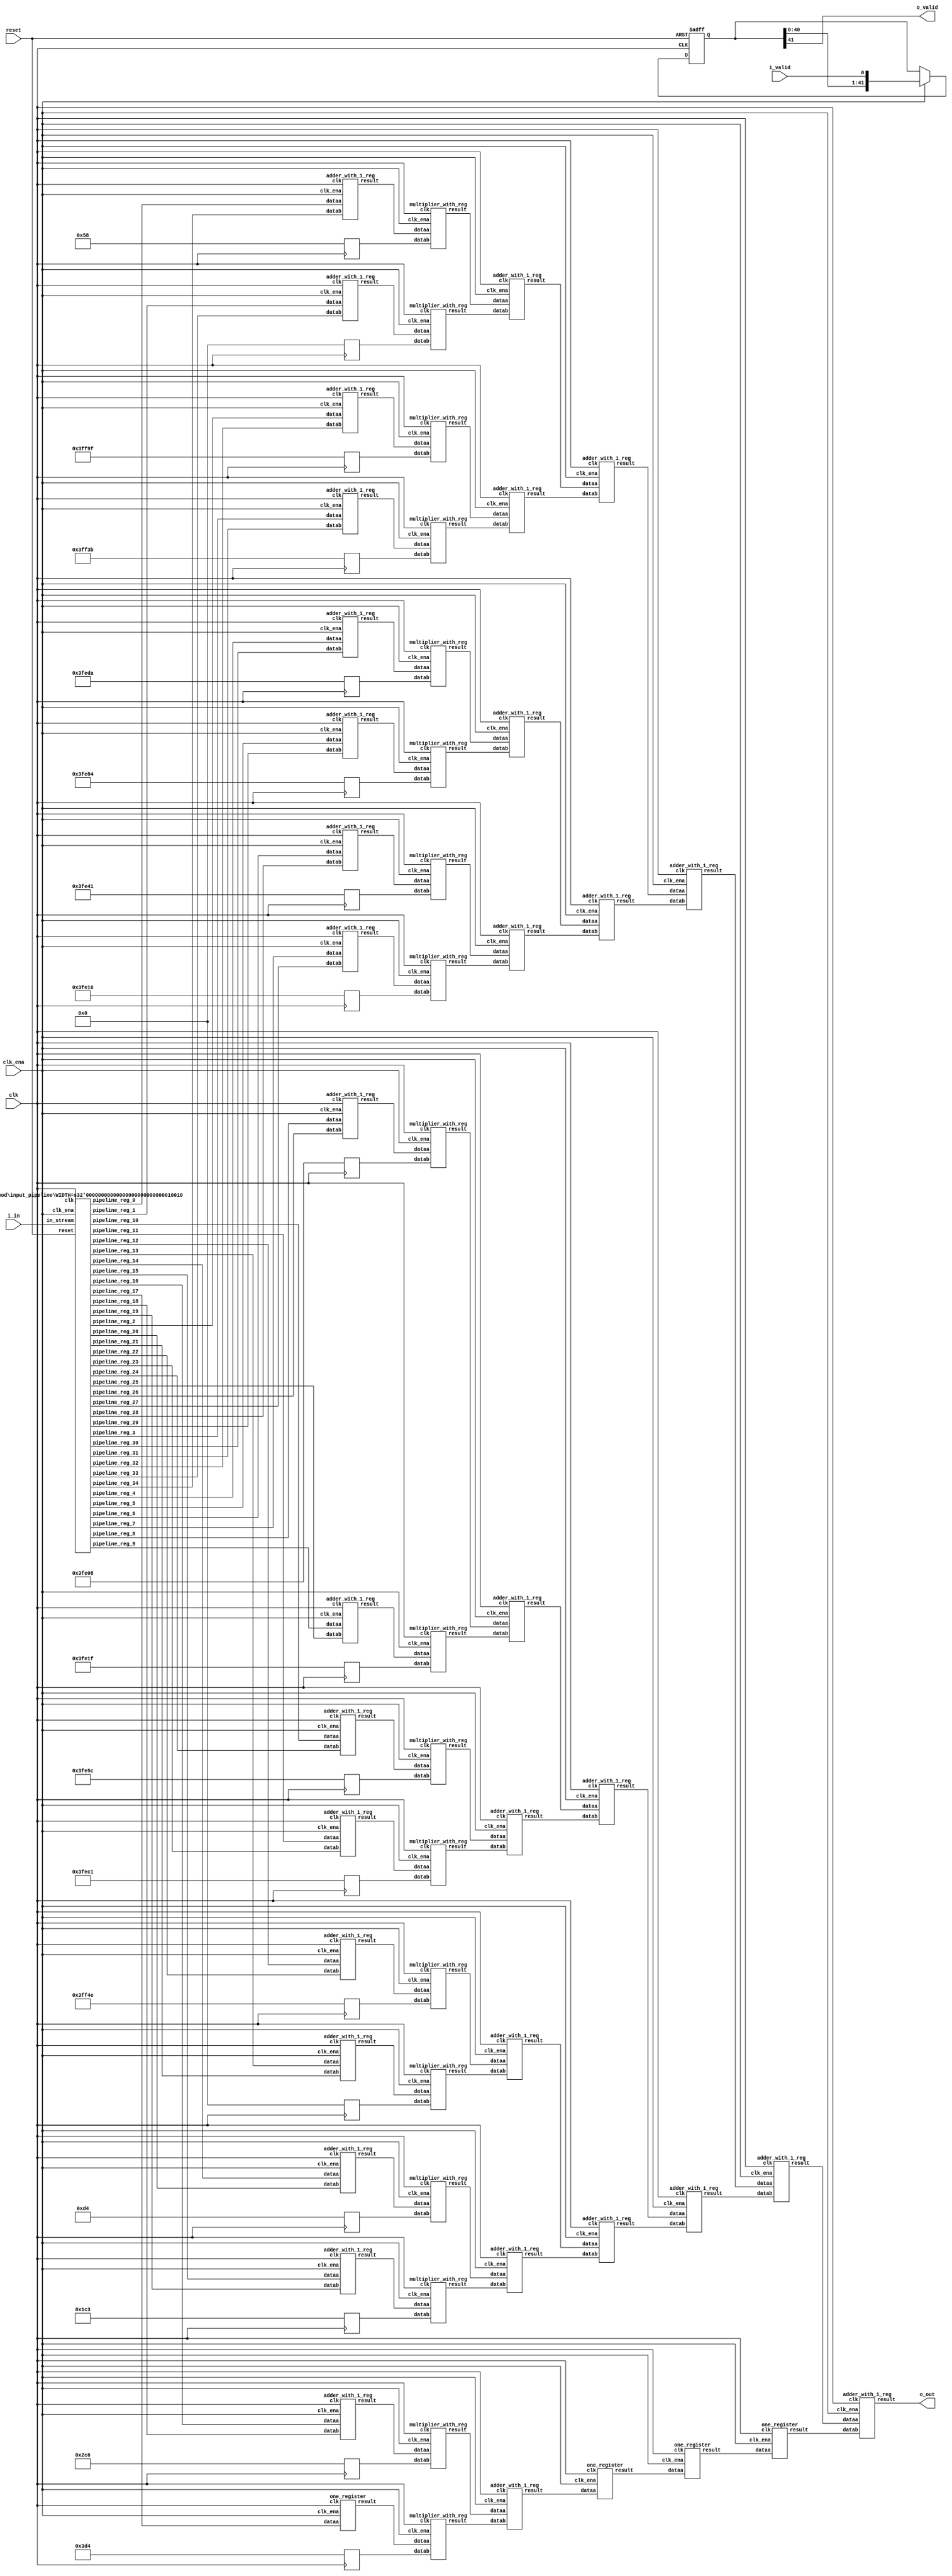
// CONFIG:
// NUM_COEFF = 35
// PIPLINED = 1

// WARNING: more than enough COEFFICIENTS in array (there are 26, and we only need 18)
module fir (
	clk,
	reset,
	clk_ena,
	i_valid,
	i_in,
	o_valid,
	o_out
);
	// Data Width
	parameter dw = 18; //Data input/output bits

	// Number of filter coefficients
	parameter N = 35;
	parameter N_UNIQ = 18; // ciel(N/2) assuming symmetric filter coefficients

	//Number of extra valid cycles needed to align output (i.e. computation pipeline depth + input/output registers
	localparam N_VALID_REGS = 42;

	input clk;
	input reset;
	input clk_ena;
	input i_valid;
	input [dw-1:0] i_in; // signed
	output o_valid;
	output [dw-1:0] o_out; // signed

	// Data Width dervied parameters
	localparam dw_add_int = 18; //Internal adder precision bits
	localparam dw_mult_int = 36; //Internal multiplier precision bits
	localparam scale_factor = 17; //Multiplier normalization shift amount

	// Number of extra registers in INPUT_PIPELINE_REG to prevent contention for CHAIN_END's chain adders
	localparam N_INPUT_REGS = 35;

	// Debug
	// initial begin
	// 	$display ("Data Width: %d", dw);
	// 	$display ("Data Width Add Internal: %d", dw_add_int);
	// 	$display ("Data Width Mult Internal: %d", dw_mult_int);
	// 	$display ("Scale Factor: %d", scale_factor);
	// end

	reg [dw-1:0] COEFFICIENT_0;
	reg [dw-1:0] COEFFICIENT_1;
	reg [dw-1:0] COEFFICIENT_2;
	reg [dw-1:0] COEFFICIENT_3;
	reg [dw-1:0] COEFFICIENT_4;
	reg [dw-1:0] COEFFICIENT_5;
	reg [dw-1:0] COEFFICIENT_6;
	reg [dw-1:0] COEFFICIENT_7;
	reg [dw-1:0] COEFFICIENT_8;
	reg [dw-1:0] COEFFICIENT_9;
	reg [dw-1:0] COEFFICIENT_10;
	reg [dw-1:0] COEFFICIENT_11;
	reg [dw-1:0] COEFFICIENT_12;
	reg [dw-1:0] COEFFICIENT_13;
	reg [dw-1:0] COEFFICIENT_14;
	reg [dw-1:0] COEFFICIENT_15;
	reg [dw-1:0] COEFFICIENT_16;
	reg [dw-1:0] COEFFICIENT_17;

	always@(posedge clk) begin
		COEFFICIENT_0 <= 18'd88;
		COEFFICIENT_1 <= 18'd0;
		COEFFICIENT_2 <= -18'd97;
		COEFFICIENT_3 <= -18'd197;
		COEFFICIENT_4 <= -18'd294;
		COEFFICIENT_5 <= -18'd380;
		COEFFICIENT_6 <= -18'd447;
		COEFFICIENT_7 <= -18'd490;
		COEFFICIENT_8 <= -18'd504;
		COEFFICIENT_9 <= -18'd481;
		COEFFICIENT_10 <= -18'd420;
		COEFFICIENT_11 <= -18'd319;
		COEFFICIENT_12 <= -18'd178;
		COEFFICIENT_13 <= 18'd0;
		COEFFICIENT_14 <= 18'd212;
		COEFFICIENT_15 <= 18'd451;
		COEFFICIENT_16 <= 18'd710;
		COEFFICIENT_17 <= 18'd980;
	end

	////******************************************************
	// *
	// * Valid Delay Pipeline
	// *
	// *****************************************************
	//Input valid signal is pipelined to become output valid signal

	//Valid registers
	reg [N_VALID_REGS-1:0] VALID_PIPELINE_REGS;

	always@(posedge clk or posedge reset) begin
		if(reset) begin
			VALID_PIPELINE_REGS <= 0;
		end else begin
			if(clk_ena) begin
				VALID_PIPELINE_REGS <= {VALID_PIPELINE_REGS[N_VALID_REGS-2:0], i_valid};
			end else begin
				VALID_PIPELINE_REGS <= VALID_PIPELINE_REGS;
			end
		end
	end

	////******************************************************
	// *
	// * Input Register Pipeline
	// *
	// *****************************************************
	//Pipelined input values

	//Input value registers

	wire [dw-1:0] INPUT_PIPELINE_REG_0;
	wire [dw-1:0] INPUT_PIPELINE_REG_1;
	wire [dw-1:0] INPUT_PIPELINE_REG_2;
	wire [dw-1:0] INPUT_PIPELINE_REG_3;
	wire [dw-1:0] INPUT_PIPELINE_REG_4;
	wire [dw-1:0] INPUT_PIPELINE_REG_5;
	wire [dw-1:0] INPUT_PIPELINE_REG_6;
	wire [dw-1:0] INPUT_PIPELINE_REG_7;
	wire [dw-1:0] INPUT_PIPELINE_REG_8;
	wire [dw-1:0] INPUT_PIPELINE_REG_9;
	wire [dw-1:0] INPUT_PIPELINE_REG_10;
	wire [dw-1:0] INPUT_PIPELINE_REG_11;
	wire [dw-1:0] INPUT_PIPELINE_REG_12;
	wire [dw-1:0] INPUT_PIPELINE_REG_13;
	wire [dw-1:0] INPUT_PIPELINE_REG_14;
	wire [dw-1:0] INPUT_PIPELINE_REG_15;
	wire [dw-1:0] INPUT_PIPELINE_REG_16;
	wire [dw-1:0] INPUT_PIPELINE_REG_17;
	wire [dw-1:0] INPUT_PIPELINE_REG_18;
	wire [dw-1:0] INPUT_PIPELINE_REG_19;
	wire [dw-1:0] INPUT_PIPELINE_REG_20;
	wire [dw-1:0] INPUT_PIPELINE_REG_21;
	wire [dw-1:0] INPUT_PIPELINE_REG_22;
	wire [dw-1:0] INPUT_PIPELINE_REG_23;
	wire [dw-1:0] INPUT_PIPELINE_REG_24;
	wire [dw-1:0] INPUT_PIPELINE_REG_25;
	wire [dw-1:0] INPUT_PIPELINE_REG_26;
	wire [dw-1:0] INPUT_PIPELINE_REG_27;
	wire [dw-1:0] INPUT_PIPELINE_REG_28;
	wire [dw-1:0] INPUT_PIPELINE_REG_29;
	wire [dw-1:0] INPUT_PIPELINE_REG_30;
	wire [dw-1:0] INPUT_PIPELINE_REG_31;
	wire [dw-1:0] INPUT_PIPELINE_REG_32;
	wire [dw-1:0] INPUT_PIPELINE_REG_33;
	wire [dw-1:0] INPUT_PIPELINE_REG_34;

	input_pipeline in_pipe(
		.clk(clk), .clk_ena(clk_ena),
		.in_stream(i_in),
		.pipeline_reg_0(INPUT_PIPELINE_REG_0),
		.pipeline_reg_1(INPUT_PIPELINE_REG_1),
		.pipeline_reg_2(INPUT_PIPELINE_REG_2),
		.pipeline_reg_3(INPUT_PIPELINE_REG_3),
		.pipeline_reg_4(INPUT_PIPELINE_REG_4),
		.pipeline_reg_5(INPUT_PIPELINE_REG_5),
		.pipeline_reg_6(INPUT_PIPELINE_REG_6),
		.pipeline_reg_7(INPUT_PIPELINE_REG_7),
		.pipeline_reg_8(INPUT_PIPELINE_REG_8),
		.pipeline_reg_9(INPUT_PIPELINE_REG_9),
		.pipeline_reg_10(INPUT_PIPELINE_REG_10),
		.pipeline_reg_11(INPUT_PIPELINE_REG_11),
		.pipeline_reg_12(INPUT_PIPELINE_REG_12),
		.pipeline_reg_13(INPUT_PIPELINE_REG_13),
		.pipeline_reg_14(INPUT_PIPELINE_REG_14),
		.pipeline_reg_15(INPUT_PIPELINE_REG_15),
		.pipeline_reg_16(INPUT_PIPELINE_REG_16),
		.pipeline_reg_17(INPUT_PIPELINE_REG_17),
		.pipeline_reg_18(INPUT_PIPELINE_REG_18),
		.pipeline_reg_19(INPUT_PIPELINE_REG_19),
		.pipeline_reg_20(INPUT_PIPELINE_REG_20),
		.pipeline_reg_21(INPUT_PIPELINE_REG_21),
		.pipeline_reg_22(INPUT_PIPELINE_REG_22),
		.pipeline_reg_23(INPUT_PIPELINE_REG_23),
		.pipeline_reg_24(INPUT_PIPELINE_REG_24),
		.pipeline_reg_25(INPUT_PIPELINE_REG_25),
		.pipeline_reg_26(INPUT_PIPELINE_REG_26),
		.pipeline_reg_27(INPUT_PIPELINE_REG_27),
		.pipeline_reg_28(INPUT_PIPELINE_REG_28),
		.pipeline_reg_29(INPUT_PIPELINE_REG_29),
		.pipeline_reg_30(INPUT_PIPELINE_REG_30),
		.pipeline_reg_31(INPUT_PIPELINE_REG_31),
		.pipeline_reg_32(INPUT_PIPELINE_REG_32),
		.pipeline_reg_33(INPUT_PIPELINE_REG_33),
		.pipeline_reg_34(INPUT_PIPELINE_REG_34),
		.reset(reset)	);
	defparam in_pipe.WIDTH = 18; // = dw
	////******************************************************
	// *
	// * Computation Pipeline
	// *
	// *****************************************************

	// ************************* LEVEL 0 *************************   
	wire [dw-1:0] L0_output_wires_0;
	wire [dw-1:0] L0_output_wires_1;
	wire [dw-1:0] L0_output_wires_2;
	wire [dw-1:0] L0_output_wires_3;
	wire [dw-1:0] L0_output_wires_4;
	wire [dw-1:0] L0_output_wires_5;
	wire [dw-1:0] L0_output_wires_6;
	wire [dw-1:0] L0_output_wires_7;
	wire [dw-1:0] L0_output_wires_8;
	wire [dw-1:0] L0_output_wires_9;
	wire [dw-1:0] L0_output_wires_10;
	wire [dw-1:0] L0_output_wires_11;
	wire [dw-1:0] L0_output_wires_12;
	wire [dw-1:0] L0_output_wires_13;
	wire [dw-1:0] L0_output_wires_14;
	wire [dw-1:0] L0_output_wires_15;
	wire [dw-1:0] L0_output_wires_16;
	wire [dw-1:0] L0_output_wires_17;

	adder_with_1_reg L0_adder_0and34(
		.clk(clk), .clk_ena(clk_ena),
		.dataa (INPUT_PIPELINE_REG_0),
		.datab (INPUT_PIPELINE_REG_34),
		.result(L0_output_wires_0)
	);

	adder_with_1_reg L0_adder_1and33(
		.clk(clk), .clk_ena(clk_ena),
		.dataa (INPUT_PIPELINE_REG_1),
		.datab (INPUT_PIPELINE_REG_33),
		.result(L0_output_wires_1)
	);

	adder_with_1_reg L0_adder_2and32(
		.clk(clk), .clk_ena(clk_ena),
		.dataa (INPUT_PIPELINE_REG_2),
		.datab (INPUT_PIPELINE_REG_32),
		.result(L0_output_wires_2)
	);

	adder_with_1_reg L0_adder_3and31(
		.clk(clk), .clk_ena(clk_ena),
		.dataa (INPUT_PIPELINE_REG_3),
		.datab (INPUT_PIPELINE_REG_31),
		.result(L0_output_wires_3)
	);

	adder_with_1_reg L0_adder_4and30(
		.clk(clk), .clk_ena(clk_ena),
		.dataa (INPUT_PIPELINE_REG_4),
		.datab (INPUT_PIPELINE_REG_30),
		.result(L0_output_wires_4)
	);

	adder_with_1_reg L0_adder_5and29(
		.clk(clk), .clk_ena(clk_ena),
		.dataa (INPUT_PIPELINE_REG_5),
		.datab (INPUT_PIPELINE_REG_29),
		.result(L0_output_wires_5)
	);

	adder_with_1_reg L0_adder_6and28(
		.clk(clk), .clk_ena(clk_ena),
		.dataa (INPUT_PIPELINE_REG_6),
		.datab (INPUT_PIPELINE_REG_28),
		.result(L0_output_wires_6)
	);

	adder_with_1_reg L0_adder_7and27(
		.clk(clk), .clk_ena(clk_ena),
		.dataa (INPUT_PIPELINE_REG_7),
		.datab (INPUT_PIPELINE_REG_27),
		.result(L0_output_wires_7)
	);

	adder_with_1_reg L0_adder_8and26(
		.clk(clk), .clk_ena(clk_ena),
		.dataa (INPUT_PIPELINE_REG_8),
		.datab (INPUT_PIPELINE_REG_26),
		.result(L0_output_wires_8)
	);

	adder_with_1_reg L0_adder_9and25(
		.clk(clk), .clk_ena(clk_ena),
		.dataa (INPUT_PIPELINE_REG_9),
		.datab (INPUT_PIPELINE_REG_25),
		.result(L0_output_wires_9)
	);

	adder_with_1_reg L0_adder_10and24(
		.clk(clk), .clk_ena(clk_ena),
		.dataa (INPUT_PIPELINE_REG_10),
		.datab (INPUT_PIPELINE_REG_24),
		.result(L0_output_wires_10)
	);

	adder_with_1_reg L0_adder_11and23(
		.clk(clk), .clk_ena(clk_ena),
		.dataa (INPUT_PIPELINE_REG_11),
		.datab (INPUT_PIPELINE_REG_23),
		.result(L0_output_wires_11)
	);

	adder_with_1_reg L0_adder_12and22(
		.clk(clk), .clk_ena(clk_ena),
		.dataa (INPUT_PIPELINE_REG_12),
		.datab (INPUT_PIPELINE_REG_22),
		.result(L0_output_wires_12)
	);

	adder_with_1_reg L0_adder_13and21(
		.clk(clk), .clk_ena(clk_ena),
		.dataa (INPUT_PIPELINE_REG_13),
		.datab (INPUT_PIPELINE_REG_21),
		.result(L0_output_wires_13)
	);

	adder_with_1_reg L0_adder_14and20(
		.clk(clk), .clk_ena(clk_ena),
		.dataa (INPUT_PIPELINE_REG_14),
		.datab (INPUT_PIPELINE_REG_20),
		.result(L0_output_wires_14)
	);

	adder_with_1_reg L0_adder_15and19(
		.clk(clk), .clk_ena(clk_ena),
		.dataa (INPUT_PIPELINE_REG_15),
		.datab (INPUT_PIPELINE_REG_19),
		.result(L0_output_wires_15)
	);

	adder_with_1_reg L0_adder_16and18(
		.clk(clk), .clk_ena(clk_ena),
		.dataa (INPUT_PIPELINE_REG_16),
		.datab (INPUT_PIPELINE_REG_18),
		.result(L0_output_wires_16)
	);

	// (17 main tree Adders)

	// ********* Byes ********   
	one_register L0_byereg_for_17(
		.clk(clk), .clk_ena(clk_ena),
		.dataa (INPUT_PIPELINE_REG_17),
		.result(L0_output_wires_17)
	);

	// (1 byes)

	// ************************* LEVEL 1 *************************   
	// **************** Multipliers ****************   
	wire [dw-1:0] L1_mult_wires_0;
	wire [dw-1:0] L1_mult_wires_1;
	wire [dw-1:0] L1_mult_wires_2;
	wire [dw-1:0] L1_mult_wires_3;
	wire [dw-1:0] L1_mult_wires_4;
	wire [dw-1:0] L1_mult_wires_5;
	wire [dw-1:0] L1_mult_wires_6;
	wire [dw-1:0] L1_mult_wires_7;
	wire [dw-1:0] L1_mult_wires_8;
	wire [dw-1:0] L1_mult_wires_9;
	wire [dw-1:0] L1_mult_wires_10;
	wire [dw-1:0] L1_mult_wires_11;
	wire [dw-1:0] L1_mult_wires_12;
	wire [dw-1:0] L1_mult_wires_13;
	wire [dw-1:0] L1_mult_wires_14;
	wire [dw-1:0] L1_mult_wires_15;
	wire [dw-1:0] L1_mult_wires_16;
	wire [dw-1:0] L1_mult_wires_17;

	multiplier_with_reg L1_mul_0(
		.clk(clk), .clk_ena(clk_ena),
		.dataa (L0_output_wires_0),
		.datab (COEFFICIENT_0),
		.result(L1_mult_wires_0)
	);

	multiplier_with_reg L1_mul_1(
		.clk(clk), .clk_ena(clk_ena),
		.dataa (L0_output_wires_1),
		.datab (COEFFICIENT_1),
		.result(L1_mult_wires_1)
	);

	multiplier_with_reg L1_mul_2(
		.clk(clk), .clk_ena(clk_ena),
		.dataa (L0_output_wires_2),
		.datab (COEFFICIENT_2),
		.result(L1_mult_wires_2)
	);

	multiplier_with_reg L1_mul_3(
		.clk(clk), .clk_ena(clk_ena),
		.dataa (L0_output_wires_3),
		.datab (COEFFICIENT_3),
		.result(L1_mult_wires_3)
	);

	multiplier_with_reg L1_mul_4(
		.clk(clk), .clk_ena(clk_ena),
		.dataa (L0_output_wires_4),
		.datab (COEFFICIENT_4),
		.result(L1_mult_wires_4)
	);

	multiplier_with_reg L1_mul_5(
		.clk(clk), .clk_ena(clk_ena),
		.dataa (L0_output_wires_5),
		.datab (COEFFICIENT_5),
		.result(L1_mult_wires_5)
	);

	multiplier_with_reg L1_mul_6(
		.clk(clk), .clk_ena(clk_ena),
		.dataa (L0_output_wires_6),
		.datab (COEFFICIENT_6),
		.result(L1_mult_wires_6)
	);

	multiplier_with_reg L1_mul_7(
		.clk(clk), .clk_ena(clk_ena),
		.dataa (L0_output_wires_7),
		.datab (COEFFICIENT_7),
		.result(L1_mult_wires_7)
	);

	multiplier_with_reg L1_mul_8(
		.clk(clk), .clk_ena(clk_ena),
		.dataa (L0_output_wires_8),
		.datab (COEFFICIENT_8),
		.result(L1_mult_wires_8)
	);

	multiplier_with_reg L1_mul_9(
		.clk(clk), .clk_ena(clk_ena),
		.dataa (L0_output_wires_9),
		.datab (COEFFICIENT_9),
		.result(L1_mult_wires_9)
	);

	multiplier_with_reg L1_mul_10(
		.clk(clk), .clk_ena(clk_ena),
		.dataa (L0_output_wires_10),
		.datab (COEFFICIENT_10),
		.result(L1_mult_wires_10)
	);

	multiplier_with_reg L1_mul_11(
		.clk(clk), .clk_ena(clk_ena),
		.dataa (L0_output_wires_11),
		.datab (COEFFICIENT_11),
		.result(L1_mult_wires_11)
	);

	multiplier_with_reg L1_mul_12(
		.clk(clk), .clk_ena(clk_ena),
		.dataa (L0_output_wires_12),
		.datab (COEFFICIENT_12),
		.result(L1_mult_wires_12)
	);

	multiplier_with_reg L1_mul_13(
		.clk(clk), .clk_ena(clk_ena),
		.dataa (L0_output_wires_13),
		.datab (COEFFICIENT_13),
		.result(L1_mult_wires_13)
	);

	multiplier_with_reg L1_mul_14(
		.clk(clk), .clk_ena(clk_ena),
		.dataa (L0_output_wires_14),
		.datab (COEFFICIENT_14),
		.result(L1_mult_wires_14)
	);

	multiplier_with_reg L1_mul_15(
		.clk(clk), .clk_ena(clk_ena),
		.dataa (L0_output_wires_15),
		.datab (COEFFICIENT_15),
		.result(L1_mult_wires_15)
	);

	multiplier_with_reg L1_mul_16(
		.clk(clk), .clk_ena(clk_ena),
		.dataa (L0_output_wires_16),
		.datab (COEFFICIENT_16),
		.result(L1_mult_wires_16)
	);

	multiplier_with_reg L1_mul_17(
		.clk(clk), .clk_ena(clk_ena),
		.dataa (L0_output_wires_17),
		.datab (COEFFICIENT_17),
		.result(L1_mult_wires_17)
	);

	// (18 Multipliers)

	// **************** Adders ****************   
	wire [dw-1:0] L1_output_wires_0;
	wire [dw-1:0] L1_output_wires_1;
	wire [dw-1:0] L1_output_wires_2;
	wire [dw-1:0] L1_output_wires_3;
	wire [dw-1:0] L1_output_wires_4;
	wire [dw-1:0] L1_output_wires_5;
	wire [dw-1:0] L1_output_wires_6;
	wire [dw-1:0] L1_output_wires_7;
	wire [dw-1:0] L1_output_wires_8;

	adder_with_1_reg L1_adder_0and1(
		.clk(clk), .clk_ena(clk_ena),
		.dataa (L1_mult_wires_0),
		.datab (L1_mult_wires_1),
		.result(L1_output_wires_0)
	);

	adder_with_1_reg L1_adder_2and3(
		.clk(clk), .clk_ena(clk_ena),
		.dataa (L1_mult_wires_2),
		.datab (L1_mult_wires_3),
		.result(L1_output_wires_1)
	);

	adder_with_1_reg L1_adder_4and5(
		.clk(clk), .clk_ena(clk_ena),
		.dataa (L1_mult_wires_4),
		.datab (L1_mult_wires_5),
		.result(L1_output_wires_2)
	);

	adder_with_1_reg L1_adder_6and7(
		.clk(clk), .clk_ena(clk_ena),
		.dataa (L1_mult_wires_6),
		.datab (L1_mult_wires_7),
		.result(L1_output_wires_3)
	);

	adder_with_1_reg L1_adder_8and9(
		.clk(clk), .clk_ena(clk_ena),
		.dataa (L1_mult_wires_8),
		.datab (L1_mult_wires_9),
		.result(L1_output_wires_4)
	);

	adder_with_1_reg L1_adder_10and11(
		.clk(clk), .clk_ena(clk_ena),
		.dataa (L1_mult_wires_10),
		.datab (L1_mult_wires_11),
		.result(L1_output_wires_5)
	);

	adder_with_1_reg L1_adder_12and13(
		.clk(clk), .clk_ena(clk_ena),
		.dataa (L1_mult_wires_12),
		.datab (L1_mult_wires_13),
		.result(L1_output_wires_6)
	);

	adder_with_1_reg L1_adder_14and15(
		.clk(clk), .clk_ena(clk_ena),
		.dataa (L1_mult_wires_14),
		.datab (L1_mult_wires_15),
		.result(L1_output_wires_7)
	);

	adder_with_1_reg L1_adder_16and17(
		.clk(clk), .clk_ena(clk_ena),
		.dataa (L1_mult_wires_16),
		.datab (L1_mult_wires_17),
		.result(L1_output_wires_8)
	);

	// (9 main tree Adders)

	// ************************* LEVEL 2 *************************   
	wire [dw-1:0] L2_output_wires_0;
	wire [dw-1:0] L2_output_wires_1;
	wire [dw-1:0] L2_output_wires_2;
	wire [dw-1:0] L2_output_wires_3;
	wire [dw-1:0] L2_output_wires_4;

	adder_with_1_reg L2_adder_0and1(
		.clk(clk), .clk_ena(clk_ena),
		.dataa (L1_output_wires_0),
		.datab (L1_output_wires_1),
		.result(L2_output_wires_0)
	);

	adder_with_1_reg L2_adder_2and3(
		.clk(clk), .clk_ena(clk_ena),
		.dataa (L1_output_wires_2),
		.datab (L1_output_wires_3),
		.result(L2_output_wires_1)
	);

	adder_with_1_reg L2_adder_4and5(
		.clk(clk), .clk_ena(clk_ena),
		.dataa (L1_output_wires_4),
		.datab (L1_output_wires_5),
		.result(L2_output_wires_2)
	);

	adder_with_1_reg L2_adder_6and7(
		.clk(clk), .clk_ena(clk_ena),
		.dataa (L1_output_wires_6),
		.datab (L1_output_wires_7),
		.result(L2_output_wires_3)
	);

	// (4 main tree Adders)

	// ********* Byes ********   
	one_register L2_byereg_for_8(
		.clk(clk), .clk_ena(clk_ena),
		.dataa (L1_output_wires_8),
		.result(L2_output_wires_4)
	);

	// (1 byes)

	// ************************* LEVEL 3 *************************   
	wire [dw-1:0] L3_output_wires_0;
	wire [dw-1:0] L3_output_wires_1;
	wire [dw-1:0] L3_output_wires_2;

	adder_with_1_reg L3_adder_0and1(
		.clk(clk), .clk_ena(clk_ena),
		.dataa (L2_output_wires_0),
		.datab (L2_output_wires_1),
		.result(L3_output_wires_0)
	);

	adder_with_1_reg L3_adder_2and3(
		.clk(clk), .clk_ena(clk_ena),
		.dataa (L2_output_wires_2),
		.datab (L2_output_wires_3),
		.result(L3_output_wires_1)
	);

	// (2 main tree Adders)

	// ********* Byes ********   
	one_register L3_byereg_for_4(
		.clk(clk), .clk_ena(clk_ena),
		.dataa (L2_output_wires_4),
		.result(L3_output_wires_2)
	);

	// (1 byes)

	// ************************* LEVEL 4 *************************   
	wire [dw-1:0] L4_output_wires_0;
	wire [dw-1:0] L4_output_wires_1;

	adder_with_1_reg L4_adder_0and1(
		.clk(clk), .clk_ena(clk_ena),
		.dataa (L3_output_wires_0),
		.datab (L3_output_wires_1),
		.result(L4_output_wires_0)
	);

	// (1 main tree Adders)

	// ********* Byes ********   
	one_register L4_byereg_for_2(
		.clk(clk), .clk_ena(clk_ena),
		.dataa (L3_output_wires_2),
		.result(L4_output_wires_1)
	);

	// (1 byes)

	// ************************* LEVEL 5 *************************   
	wire [dw-1:0] L5_output_wires_0;

	adder_with_1_reg L5_adder_0and1(
		.clk(clk), .clk_ena(clk_ena),
		.dataa (L4_output_wires_0),
		.datab (L4_output_wires_1),
		.result(L5_output_wires_0)
	);

	// (1 main tree Adders)

	////******************************************************
	// *
	// * Output Logic
	// *
	// *****************************************************
	//Actual outputs
	assign o_out = L5_output_wires_0;

	assign o_valid = VALID_PIPELINE_REGS[N_VALID_REGS-1];

endmodule


module input_pipeline (
	clk,
	clk_ena,
	in_stream,
	pipeline_reg_0,
	pipeline_reg_1,
	pipeline_reg_2,
	pipeline_reg_3,
	pipeline_reg_4,
	pipeline_reg_5,
	pipeline_reg_6,
	pipeline_reg_7,
	pipeline_reg_8,
	pipeline_reg_9,
	pipeline_reg_10,
	pipeline_reg_11,
	pipeline_reg_12,
	pipeline_reg_13,
	pipeline_reg_14,
	pipeline_reg_15,
	pipeline_reg_16,
	pipeline_reg_17,
	pipeline_reg_18,
	pipeline_reg_19,
	pipeline_reg_20,
	pipeline_reg_21,
	pipeline_reg_22,
	pipeline_reg_23,
	pipeline_reg_24,
	pipeline_reg_25,
	pipeline_reg_26,
	pipeline_reg_27,
	pipeline_reg_28,
	pipeline_reg_29,
	pipeline_reg_30,
	pipeline_reg_31,
	pipeline_reg_32,
	pipeline_reg_33,
	pipeline_reg_34,
	reset);
	parameter WIDTH = 1;
	//Input value registers
	input clk;
	input clk_ena;
	input [WIDTH-1:0] in_stream;
	output [WIDTH-1:0] pipeline_reg_0;
	output [WIDTH-1:0] pipeline_reg_1;
	output [WIDTH-1:0] pipeline_reg_2;
	output [WIDTH-1:0] pipeline_reg_3;
	output [WIDTH-1:0] pipeline_reg_4;
	output [WIDTH-1:0] pipeline_reg_5;
	output [WIDTH-1:0] pipeline_reg_6;
	output [WIDTH-1:0] pipeline_reg_7;
	output [WIDTH-1:0] pipeline_reg_8;
	output [WIDTH-1:0] pipeline_reg_9;
	output [WIDTH-1:0] pipeline_reg_10;
	output [WIDTH-1:0] pipeline_reg_11;
	output [WIDTH-1:0] pipeline_reg_12;
	output [WIDTH-1:0] pipeline_reg_13;
	output [WIDTH-1:0] pipeline_reg_14;
	output [WIDTH-1:0] pipeline_reg_15;
	output [WIDTH-1:0] pipeline_reg_16;
	output [WIDTH-1:0] pipeline_reg_17;
	output [WIDTH-1:0] pipeline_reg_18;
	output [WIDTH-1:0] pipeline_reg_19;
	output [WIDTH-1:0] pipeline_reg_20;
	output [WIDTH-1:0] pipeline_reg_21;
	output [WIDTH-1:0] pipeline_reg_22;
	output [WIDTH-1:0] pipeline_reg_23;
	output [WIDTH-1:0] pipeline_reg_24;
	output [WIDTH-1:0] pipeline_reg_25;
	output [WIDTH-1:0] pipeline_reg_26;
	output [WIDTH-1:0] pipeline_reg_27;
	output [WIDTH-1:0] pipeline_reg_28;
	output [WIDTH-1:0] pipeline_reg_29;
	output [WIDTH-1:0] pipeline_reg_30;
	output [WIDTH-1:0] pipeline_reg_31;
	output [WIDTH-1:0] pipeline_reg_32;
	output [WIDTH-1:0] pipeline_reg_33;
	output [WIDTH-1:0] pipeline_reg_34;
	reg [WIDTH-1:0] pipeline_reg_0;
	reg [WIDTH-1:0] pipeline_reg_1;
	reg [WIDTH-1:0] pipeline_reg_2;
	reg [WIDTH-1:0] pipeline_reg_3;
	reg [WIDTH-1:0] pipeline_reg_4;
	reg [WIDTH-1:0] pipeline_reg_5;
	reg [WIDTH-1:0] pipeline_reg_6;
	reg [WIDTH-1:0] pipeline_reg_7;
	reg [WIDTH-1:0] pipeline_reg_8;
	reg [WIDTH-1:0] pipeline_reg_9;
	reg [WIDTH-1:0] pipeline_reg_10;
	reg [WIDTH-1:0] pipeline_reg_11;
	reg [WIDTH-1:0] pipeline_reg_12;
	reg [WIDTH-1:0] pipeline_reg_13;
	reg [WIDTH-1:0] pipeline_reg_14;
	reg [WIDTH-1:0] pipeline_reg_15;
	reg [WIDTH-1:0] pipeline_reg_16;
	reg [WIDTH-1:0] pipeline_reg_17;
	reg [WIDTH-1:0] pipeline_reg_18;
	reg [WIDTH-1:0] pipeline_reg_19;
	reg [WIDTH-1:0] pipeline_reg_20;
	reg [WIDTH-1:0] pipeline_reg_21;
	reg [WIDTH-1:0] pipeline_reg_22;
	reg [WIDTH-1:0] pipeline_reg_23;
	reg [WIDTH-1:0] pipeline_reg_24;
	reg [WIDTH-1:0] pipeline_reg_25;
	reg [WIDTH-1:0] pipeline_reg_26;
	reg [WIDTH-1:0] pipeline_reg_27;
	reg [WIDTH-1:0] pipeline_reg_28;
	reg [WIDTH-1:0] pipeline_reg_29;
	reg [WIDTH-1:0] pipeline_reg_30;
	reg [WIDTH-1:0] pipeline_reg_31;
	reg [WIDTH-1:0] pipeline_reg_32;
	reg [WIDTH-1:0] pipeline_reg_33;
	reg [WIDTH-1:0] pipeline_reg_34;
	input reset;

	always@(posedge clk or posedge reset) begin
		if(reset) begin
			pipeline_reg_0 <= 0;
			pipeline_reg_1 <= 0;
			pipeline_reg_2 <= 0;
			pipeline_reg_3 <= 0;
			pipeline_reg_4 <= 0;
			pipeline_reg_5 <= 0;
			pipeline_reg_6 <= 0;
			pipeline_reg_7 <= 0;
			pipeline_reg_8 <= 0;
			pipeline_reg_9 <= 0;
			pipeline_reg_10 <= 0;
			pipeline_reg_11 <= 0;
			pipeline_reg_12 <= 0;
			pipeline_reg_13 <= 0;
			pipeline_reg_14 <= 0;
			pipeline_reg_15 <= 0;
			pipeline_reg_16 <= 0;
			pipeline_reg_17 <= 0;
			pipeline_reg_18 <= 0;
			pipeline_reg_19 <= 0;
			pipeline_reg_20 <= 0;
			pipeline_reg_21 <= 0;
			pipeline_reg_22 <= 0;
			pipeline_reg_23 <= 0;
			pipeline_reg_24 <= 0;
			pipeline_reg_25 <= 0;
			pipeline_reg_26 <= 0;
			pipeline_reg_27 <= 0;
			pipeline_reg_28 <= 0;
			pipeline_reg_29 <= 0;
			pipeline_reg_30 <= 0;
			pipeline_reg_31 <= 0;
			pipeline_reg_32 <= 0;
			pipeline_reg_33 <= 0;
			pipeline_reg_34 <= 0;
		end else begin
			if(clk_ena) begin
				pipeline_reg_0 <= in_stream;
				pipeline_reg_1 <= pipeline_reg_0;
				pipeline_reg_2 <= pipeline_reg_1;
				pipeline_reg_3 <= pipeline_reg_2;
				pipeline_reg_4 <= pipeline_reg_3;
				pipeline_reg_5 <= pipeline_reg_4;
				pipeline_reg_6 <= pipeline_reg_5;
				pipeline_reg_7 <= pipeline_reg_6;
				pipeline_reg_8 <= pipeline_reg_7;
				pipeline_reg_9 <= pipeline_reg_8;
				pipeline_reg_10 <= pipeline_reg_9;
				pipeline_reg_11 <= pipeline_reg_10;
				pipeline_reg_12 <= pipeline_reg_11;
				pipeline_reg_13 <= pipeline_reg_12;
				pipeline_reg_14 <= pipeline_reg_13;
				pipeline_reg_15 <= pipeline_reg_14;
				pipeline_reg_16 <= pipeline_reg_15;
				pipeline_reg_17 <= pipeline_reg_16;
				pipeline_reg_18 <= pipeline_reg_17;
				pipeline_reg_19 <= pipeline_reg_18;
				pipeline_reg_20 <= pipeline_reg_19;
				pipeline_reg_21 <= pipeline_reg_20;
				pipeline_reg_22 <= pipeline_reg_21;
				pipeline_reg_23 <= pipeline_reg_22;
				pipeline_reg_24 <= pipeline_reg_23;
				pipeline_reg_25 <= pipeline_reg_24;
				pipeline_reg_26 <= pipeline_reg_25;
				pipeline_reg_27 <= pipeline_reg_26;
				pipeline_reg_28 <= pipeline_reg_27;
				pipeline_reg_29 <= pipeline_reg_28;
				pipeline_reg_30 <= pipeline_reg_29;
				pipeline_reg_31 <= pipeline_reg_30;
				pipeline_reg_32 <= pipeline_reg_31;
				pipeline_reg_33 <= pipeline_reg_32;
				pipeline_reg_34 <= pipeline_reg_33;
			end //else begin
				//pipeline_reg_0 <= pipeline_reg_0;
				//pipeline_reg_1 <= pipeline_reg_1;
				//pipeline_reg_2 <= pipeline_reg_2;
				//pipeline_reg_3 <= pipeline_reg_3;
				//pipeline_reg_4 <= pipeline_reg_4;
				//pipeline_reg_5 <= pipeline_reg_5;
				//pipeline_reg_6 <= pipeline_reg_6;
				//pipeline_reg_7 <= pipeline_reg_7;
				//pipeline_reg_8 <= pipeline_reg_8;
				//pipeline_reg_9 <= pipeline_reg_9;
				//pipeline_reg_10 <= pipeline_reg_10;
				//pipeline_reg_11 <= pipeline_reg_11;
				//pipeline_reg_12 <= pipeline_reg_12;
				//pipeline_reg_13 <= pipeline_reg_13;
				//pipeline_reg_14 <= pipeline_reg_14;
				//pipeline_reg_15 <= pipeline_reg_15;
				//pipeline_reg_16 <= pipeline_reg_16;
				//pipeline_reg_17 <= pipeline_reg_17;
				//pipeline_reg_18 <= pipeline_reg_18;
				//pipeline_reg_19 <= pipeline_reg_19;
				//pipeline_reg_20 <= pipeline_reg_20;
				//pipeline_reg_21 <= pipeline_reg_21;
				//pipeline_reg_22 <= pipeline_reg_22;
				//pipeline_reg_23 <= pipeline_reg_23;
				//pipeline_reg_24 <= pipeline_reg_24;
				//pipeline_reg_25 <= pipeline_reg_25;
				//pipeline_reg_26 <= pipeline_reg_26;
				//pipeline_reg_27 <= pipeline_reg_27;
				//pipeline_reg_28 <= pipeline_reg_28;
				//pipeline_reg_29 <= pipeline_reg_29;
				//pipeline_reg_30 <= pipeline_reg_30;
				//pipeline_reg_31 <= pipeline_reg_31;
				//pipeline_reg_32 <= pipeline_reg_32;
				//pipeline_reg_33 <= pipeline_reg_33;
				//pipeline_reg_34 <= pipeline_reg_34;
			//end
		end
	end
endmodule


module adder_with_1_reg (
	clk,
	clk_ena,
	dataa,
	datab,
	result);

	input	  clk;
	input	  clk_ena;
	input	[17:0]  dataa;
	input	[17:0]  datab;
	output	[17:0]  result;

	reg     [17:0]  result;

	always @(posedge clk) begin
		if(clk_ena) begin
			result <= dataa + datab;
		end
	end

endmodule


module multiplier_with_reg (
	clk,
	clk_ena,
	dataa,
	datab,
	result);

	input	  clk;
	input	  clk_ena;
	input	[17:0]  dataa;
	input	[17:0]  datab;
	output	[17:0]  result;

	reg     [17:0]  result;

	always @(posedge clk) begin
		if(clk_ena) begin
			result <= dataa * datab;
		end
	end

endmodule


module one_register (
	clk,
	clk_ena,
	dataa,
	result);

	input	  clk;
	input	  clk_ena;
	input	[17:0]  dataa;
	output	[17:0]  result;

	reg     [17:0]  result;

	always @(posedge clk) begin
		if(clk_ena) begin
			result <= dataa;
		end
	end

endmodule